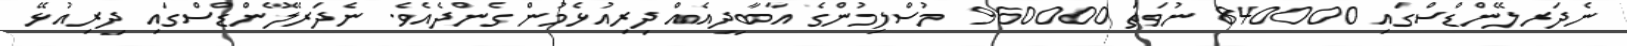
ނެދަރލޭންޑްސްގައި 840000 ނުވަތަ 960000 މުސްލިމުންގެ އާބާދީއެއް ދިރިއުޅެމުން ގެންދެއެވެ. ނެދަރލޭންޑްސްގައި ދިރިއުޅޭ